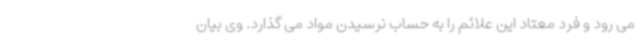
می رود و فرد معتاد این علائم را به حساب نرسیدن مواد می گذارد. وی بیان